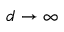
d \to \infty